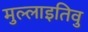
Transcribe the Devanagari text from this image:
मुल्लाइतिवु